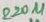
Text: 220µF